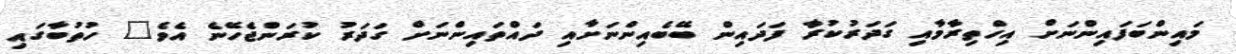
މައިންބަފައިންނަށް އިހްތިރާމާއި ގަދަރުކުރާ ފަދައިން ބޭބެއިންނަށާއި ދައްތައިންނަށް ގަދަރު ކުރަންޖެހޭނެ އެވެ" ހުތުބާގައި